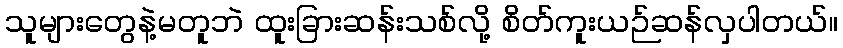
သူများတွေနဲ့မတူဘဲ ထူးခြားဆန်းသစ်လို့ စိတ်ကူးယဉ်ဆန်လှပါတယ်။